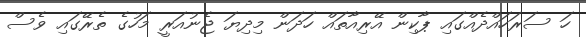
ހަ ސަރަހައްދެއްގައި ޕާކިން އޭރިއާތައް ހަދަން މިދިޔަ ޖެނުއަރީ މަހުގެ ތެރޭގައި ވެސް